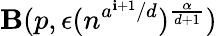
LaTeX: \mathbf{B}(p,\epsilon(n^{a^{\mathbf{i}+1}/d})^{\frac{{\alpha}}{{d+1}}})